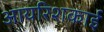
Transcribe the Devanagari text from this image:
आयरिशकाई